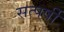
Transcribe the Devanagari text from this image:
सत्पर्षी